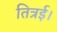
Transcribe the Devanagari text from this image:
तित्रई।